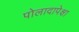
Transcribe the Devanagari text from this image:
पोलादापेक्षा